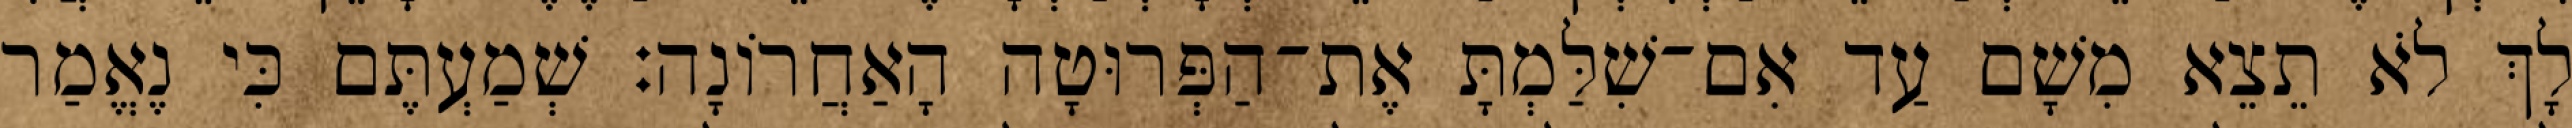
לָךְ לֹא תֵצֵא מִשָׁם עַד אִם־שִׁלַּמְתָּ אֶת־הַפְּרוּטָה הָאַחֲרוֹנָה׃ שְׁמַעְתֶּם כִּי נֶאֱמַר